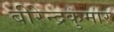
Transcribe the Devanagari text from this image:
बीरेन्द्रकुमार